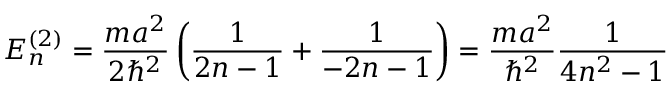
E _ { n } ^ { ( 2 ) } = { \frac { m a ^ { 2 } } { 2 \hbar ^ { 2 } } } \left( { \frac { 1 } { 2 n - 1 } } + { \frac { 1 } { - 2 n - 1 } } \right) = { \frac { m a ^ { 2 } } { \hbar ^ { 2 } } } { \frac { 1 } { 4 n ^ { 2 } - 1 } }